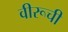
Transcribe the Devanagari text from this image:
वीरूची